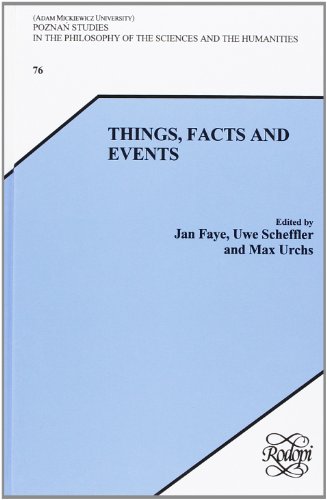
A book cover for Things, Facts And Events. (Poznan Studies in the Philosophy of the Sciences and the Humanities); Jan Faye; Politics & Social Sciences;